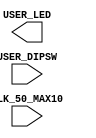
`timescale 1 ps / 1 ps
`define USER_PINS

 
module  baseline (
        //Reset and Clocks
//        input           clk_ddr3_100_p,
        input           CLK_50_MAX10,    //2.5v    
        
    `ifdef USER_PINS
        output [4:0]    USER_LED,        //1.5v
        input  [4:0]    USER_DIPSW     //1.5v
    `endif


        ); 

endmodule